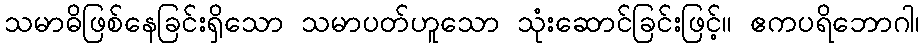
သမာဓိဖြစ်နေခြင်းရှိသော သမာပတ်ဟူသော သုံးဆောင်ခြင်းဖြင့်။ ဧကပရိဘောဂါ၊